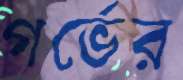
গর্ভের